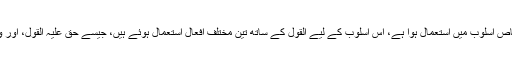
قرآن مجید میں القول کا لفظ ایک خاص اسلوب میں استعمال ہوا ہے، اس اسلوب کے لیے القول کے ساتھ تین مختلف افعال استعمال ہوئے ہیں، جیسے حق علیہ القول، اور وقع علیہ القول، اور سبق علیہ القول۔